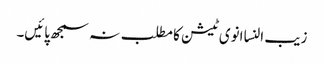
زیب النسا انوی ٹیشن کا مطلب نہ سمجھ پائیں۔